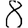
Digit: 8